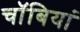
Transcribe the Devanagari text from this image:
चॉबियां